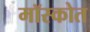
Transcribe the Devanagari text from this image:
मॉस्कोत